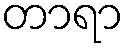
တာရာ